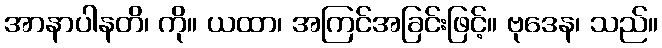
အာနာပါနတိ၊ ကို။ ယထာ၊ အကြင်အခြင်းဖြင့်။ ဗုဒေန၊ သည်။